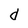
Character: d